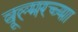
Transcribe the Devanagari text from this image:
वूल्मरच्या